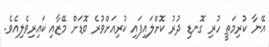
އޭނާ ކުރިމަތީ ހުރި ގޮނޑި ދުރު ކޮށްލައިފައި ކުރިއަށްވުރެ ބޮޑަށް މޭޒާއި ކައިރިވެލިއެވެ.